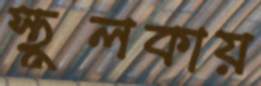
স্থূলকায়